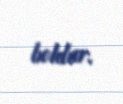
boldur.